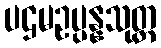
ပဌမဥပ္ပန္နသုတ္တ